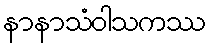
နာနာသံဝါသကဿ